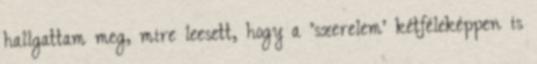
hallgattam meg, mire leesett, hogy a 'szerelem' kétféleképpen is